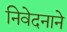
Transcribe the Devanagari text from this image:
निवेदनाने